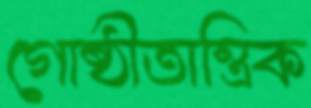
গোষ্ঠীতান্ত্রিক